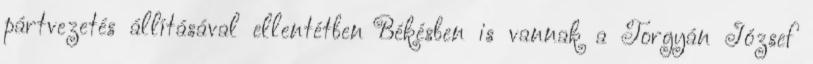
pártvezetés állításával ellentétben Békésben is vannak a Torgyán József